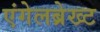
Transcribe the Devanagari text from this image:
एंगेलब्रेख्ट